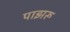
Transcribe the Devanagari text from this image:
पाझरू